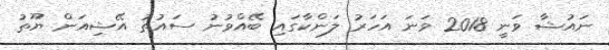
ނައުޝާ ވަނީ 2018 ވަނަ އަހަރު ލަންކާގައި ބޭއްވުނު ސައުތު އޭޝިއަން ޔޫތު